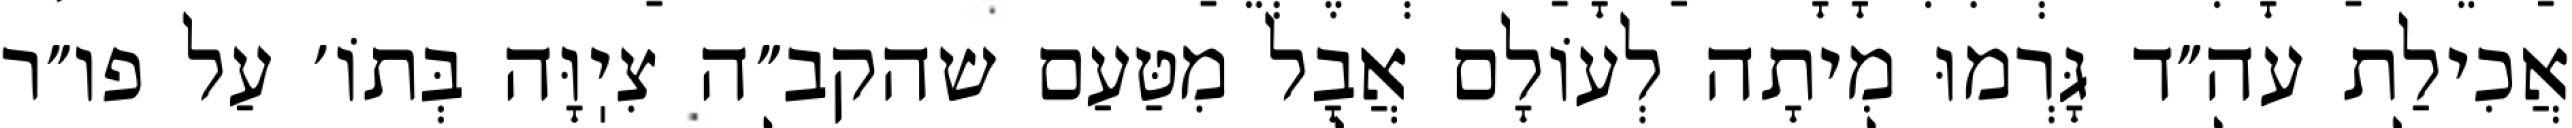
אֲכִילַת עה״ד גָּרְמוּ מִיתָה לְעוֹלָם אֲבָל מִטַּעַם שהקב״ה צִיֽוָּה בְּתוֹ׳ עַל פו״ר